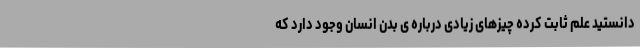
دانستید علم ثابت کرده چیزهای زیادی درباره ی بدن انسان وجود دارد که